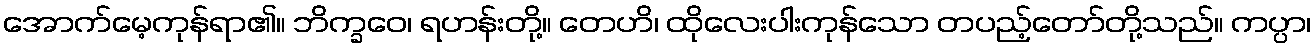
အောက်မေ့ကုန်ရာ၏။ ဘိက္ခဝေ၊ ရဟန်းတို့။ တေဟိ၊ ထိုလေးပါးကုန်သော တပည့်တော်တို့သည်။ ကပ္ပာ၊